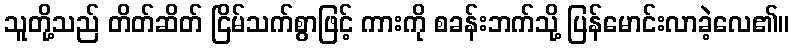
သူတို့သည် တိတ်ဆိတ် ငြိမ်သက်စွာဖြင့် ကားကို စခန်းဘက်သို့ ပြန်မောင်းလာခဲ့လေ၏။